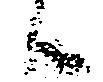
候